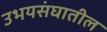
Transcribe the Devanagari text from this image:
उभयसंघातील